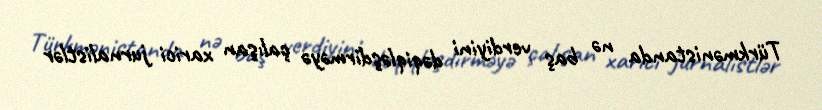
Türkmənistanda nə baş verdiyini dəqiqləşdirməyə çalışan xarici jurnalistlər